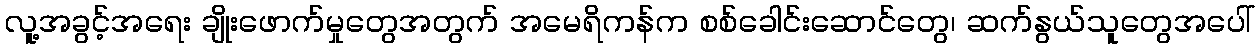
လူ့အခွင့်အရေး ချိုးဖောက်မှုတွေအတွက် အမေရိကန်က စစ်ခေါင်းဆောင်တွေ၊ ဆက်နွယ်သူတွေအပေါ်